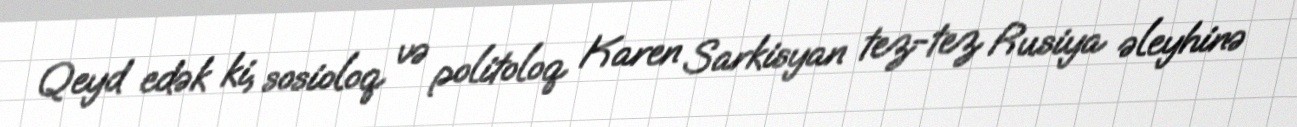
Qeyd edək ki, sosioloq və politoloq Karen Sarkisyan tez-tez Rusiya əleyhinə